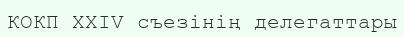
КОКП XXIV съезінің делегаттары